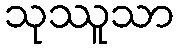
သုဿူသာ